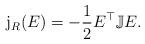
LaTeX: \begin{align*}\mathrm{j}_R(E) = -\frac{1}{2}E^\top\mathbb{J} E.\end{align*}